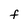
Character: F